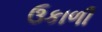
ઉકાળી